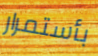
بأستمرار